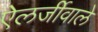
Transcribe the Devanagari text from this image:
ऐलर्जीवाले